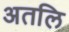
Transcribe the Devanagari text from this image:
अतलि